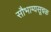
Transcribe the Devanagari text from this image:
सौभाग्यसूचक